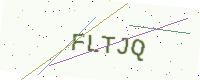
Text: FLTJQ